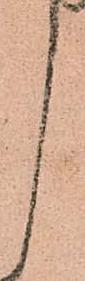
し